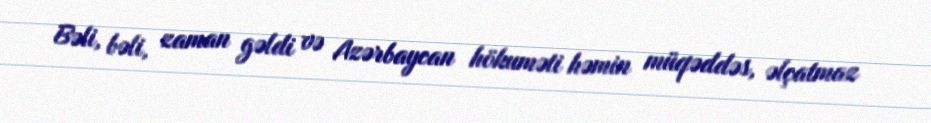
Bəli, bəli, zaman gəldi və Azərbaycan hökuməti həmin müqəddəs, əlçatmaz